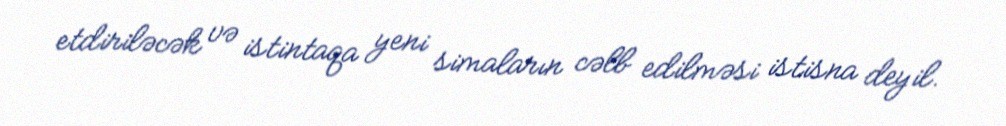
etdiriləcək və istintaqa yeni simaların cəlb edilməsi istisna deyil.